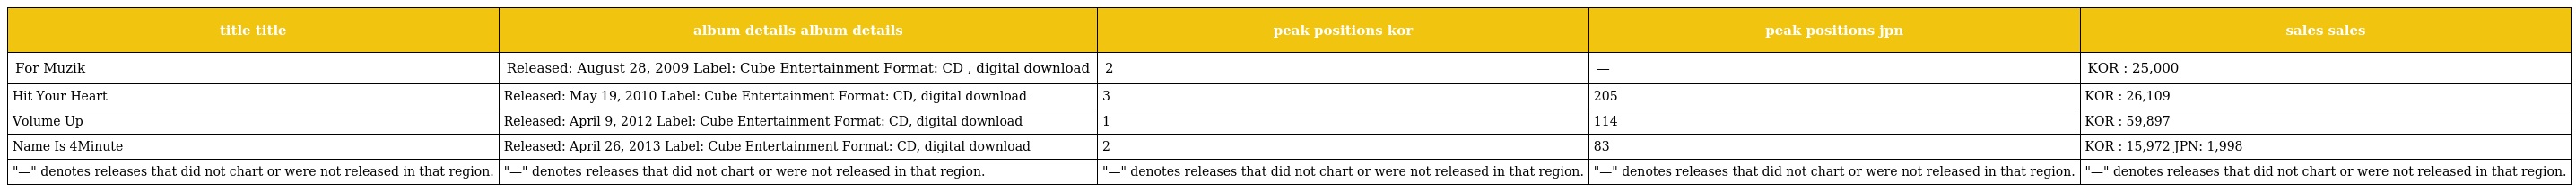
| title title | album details album details | peak positions kor | peak positions jpn | sales sales |
 | --- | --- | --- | --- | --- |
 | For Muzik | Released: August 28, 2009 Label: Cube Entertainment Format: CD , digital download | 2 | — | KOR : 25,000 |
 | Hit Your Heart | Released: May 19, 2010 Label: Cube Entertainment Format: CD, digital download | 3 | 205 | KOR : 26,109 |
 | Volume Up | Released: April 9, 2012 Label: Cube Entertainment Format: CD, digital download | 1 | 114 | KOR : 59,897 |
 | Name Is 4Minute | Released: April 26, 2013 Label: Cube Entertainment Format: CD, digital download | 2 | 83 | KOR : 15,972 JPN: 1,998 |
 | "—" denotes releases that did not chart or were not released in that region. | "—" denotes releases that did not chart or were not released in that region. | "—" denotes releases that did not chart or were not released in that region. | "—" denotes releases that did not chart or were not released in that region. | "—" denotes releases that did not chart or were not released in that region. |